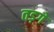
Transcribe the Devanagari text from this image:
तड़गे